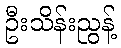
ဦးသိန်းညွန့်